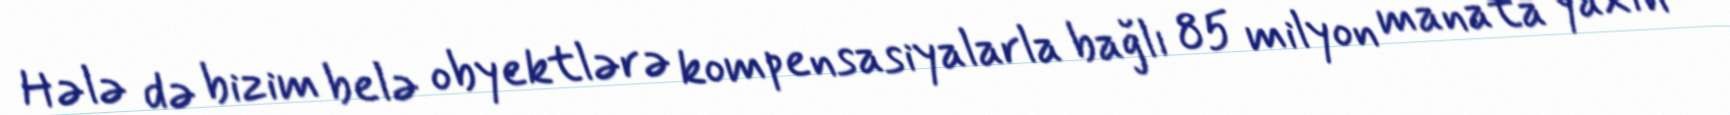
Hələ də bizim belə obyektlərə kompensasiyalarla bağlı 85 milyon manata yaxın